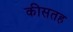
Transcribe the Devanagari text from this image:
कीसतह